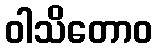
ဝါသိတောဝ